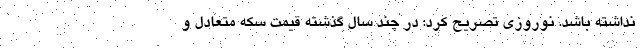
نداشته باشد. نوروزی تصریح کرد: در چند سال گذشته قیمت سکه متعادل و